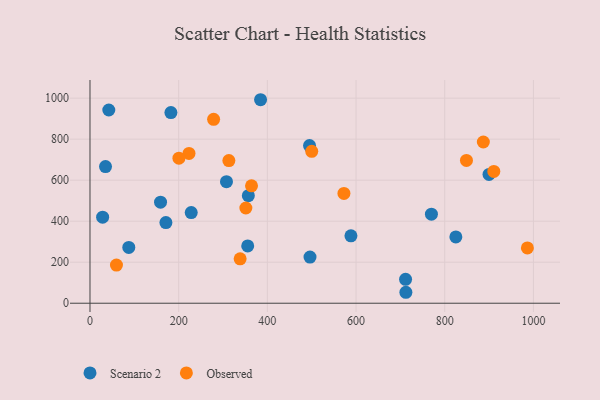
{"axis": {"x": "Study Hours", "y": "Rating"}, "legend": ["Observed", "Scenario 2"], "data": [{"x": "42.4", "y": 942.2, "type": "Scenario 2"}, {"x": "357.1", "y": 524.2, "type": "Scenario 2"}, {"x": "159.1", "y": 492.7, "type": "Scenario 2"}, {"x": "495.1", "y": 768.5, "type": "Scenario 2"}, {"x": "35.0", "y": 666.1, "type": "Scenario 2"}, {"x": "711.7", "y": 116.5, "type": "Scenario 2"}, {"x": "228.3", "y": 442.1, "type": "Scenario 2"}, {"x": "171.2", "y": 393.3, "type": "Scenario 2"}, {"x": "899.9", "y": 628.2, "type": "Scenario 2"}, {"x": "355.7", "y": 279.6, "type": "Scenario 2"}, {"x": "588.5", "y": 328.5, "type": "Scenario 2"}, {"x": "307.8", "y": 592.7, "type": "Scenario 2"}, {"x": "770.0", "y": 434.4, "type": "Scenario 2"}, {"x": "87.5", "y": 272.2, "type": "Scenario 2"}, {"x": "496.2", "y": 224.9, "type": "Scenario 2"}, {"x": "28.5", "y": 419.8, "type": "Scenario 2"}, {"x": "712.4", "y": 53.4, "type": "Scenario 2"}, {"x": "182.5", "y": 929.8, "type": "Scenario 2"}, {"x": "825.1", "y": 323.2, "type": "Scenario 2"}, {"x": "384.7", "y": 992.3, "type": "Scenario 2"}, {"x": "59.7", "y": 185.8, "type": "Observed"}, {"x": "338.6", "y": 216.7, "type": "Observed"}, {"x": "278.8", "y": 896.6, "type": "Observed"}, {"x": "364.3", "y": 572.6, "type": "Observed"}, {"x": "849.0", "y": 696.5, "type": "Observed"}, {"x": "887.1", "y": 786.2, "type": "Observed"}, {"x": "572.7", "y": 535.4, "type": "Observed"}, {"x": "910.7", "y": 642.5, "type": "Observed"}, {"x": "223.3", "y": 730.3, "type": "Observed"}, {"x": "986.4", "y": 269.7, "type": "Observed"}, {"x": "313.2", "y": 695.5, "type": "Observed"}, {"x": "351.5", "y": 464.3, "type": "Observed"}, {"x": "200.6", "y": 707.3, "type": "Observed"}, {"x": "500.1", "y": 740.7, "type": "Observed"}]}